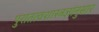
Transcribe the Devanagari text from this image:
पुरातत्वशास्त्रज्ञांनुसार